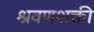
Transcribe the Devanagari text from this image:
श्रवणशक्ती